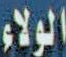
الولاء